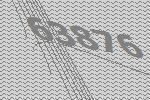
63876